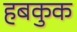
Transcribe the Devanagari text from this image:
हबकुक